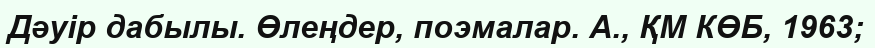
Дәуір дабылы. Өлеңдер, поэмалар. А., ҚМ КӨБ, 1963;